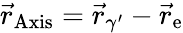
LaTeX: \vec{r}_{\textrm{Axis}}=\vec{r}_{\gamma^{\prime}}-\vec{r}_{\textrm{e}}